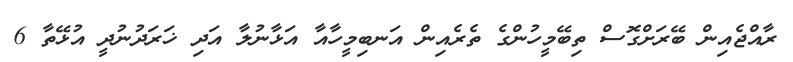
ރާއްޖެއިން ބޭރަށްގޮސް ތިބޭމީހުންގެ ތެރެއިން އަނބިމީހާއާ އަޅާނުލާ އަދި ޚަރަދުނުދީ އުޅޭތާ 6